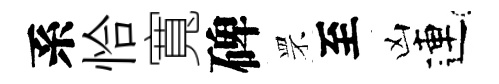
系恰寬碑罘至凶連